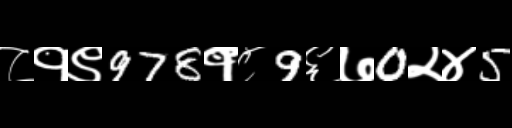
Text: ८१९978१८9६७0२४5